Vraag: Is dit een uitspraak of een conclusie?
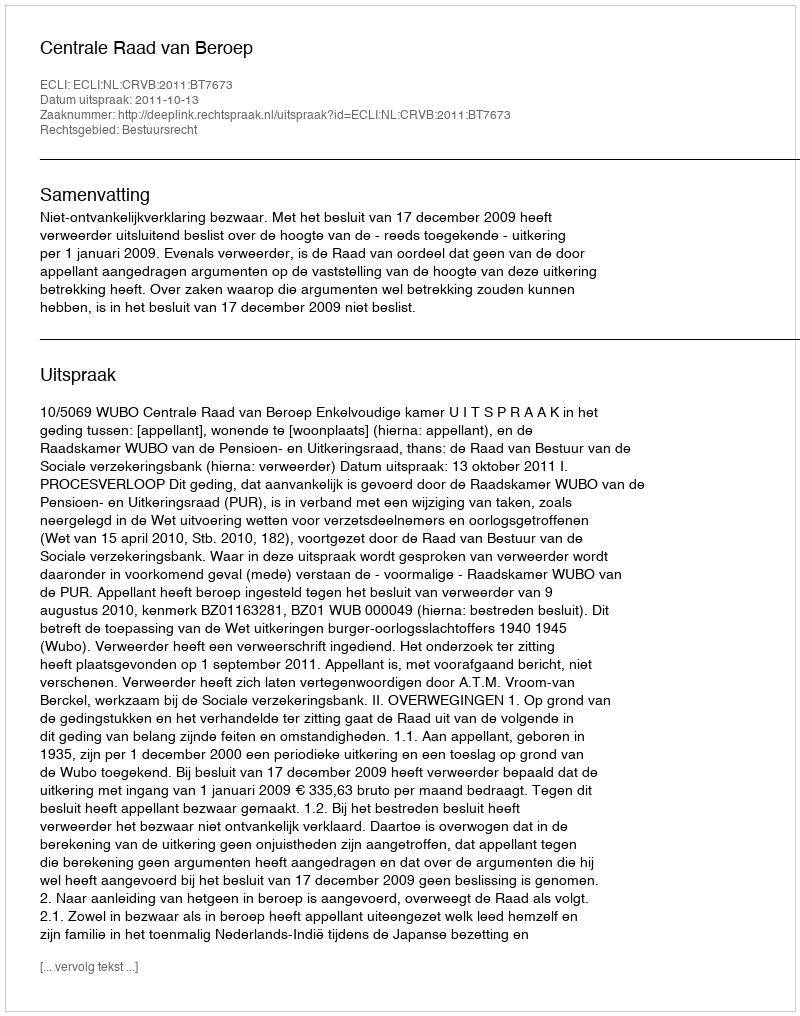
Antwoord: Uitspraak